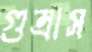
গুম্‌রাস